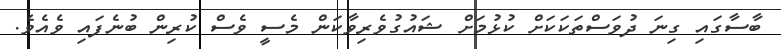
ބާސާގައި ގިނަ ދުވަސްތަކަކަށް ކުޅުމަށް ޝައުގުވެރިވާކަން މެސީ ވެސް ކުރިން ބުނެފައި ވެއެވެ.